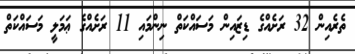
ތެރެއިން 32 ރަށެއްގެ ޑިޒައިން މަސައްކަތް ނިންމައި 11 ރަށެއްގެ ޢަމަލީ މަސައްކަތް